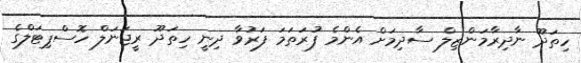
ހިތަދޫ ނާދިރާމަންޒިލް ސާދިމަށް އެންމެ ފުރަތަމަ ފަރުވާ ދިނީ ހިތަދޫ ރީޖަނަލް ހޮސްޕިޓަލްގެ